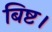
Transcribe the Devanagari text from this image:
बिष्ट।